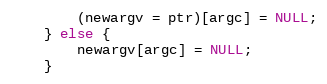
Language: C
        (newargv = ptr)[argc] = NULL;
    } else {
        newargv[argc] = NULL;
    }